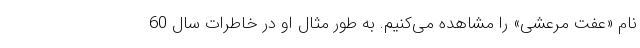
نام «عفت مرعشی» را مشاهده می‌کنیم. به طور مثال او در خاطرات سال 60